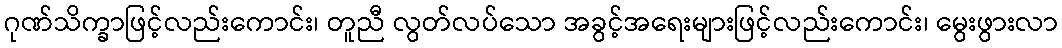
ဂုဏ်သိက္ခာဖြင့်လည်းကောင်း၊ တူညီ လွတ်လပ်သော အခွင့်အရေးများဖြင့်လည်းကောင်း၊ မွေးဖွားလာ